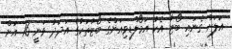
އަލަށް ގެނައި ބޯޓާ އެކު އަމޯލްޑިވިއަންގެ ބޯޓުތަކުގެ އަދަދު ވަނީ 16 އަށް